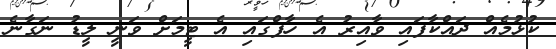
ކުޅުމެއް ދައްކާފައި ވާއިރު އެ ހާފްގައި އެ ޓީމަށް ވަނީ ލީޑު ނަގާނެ